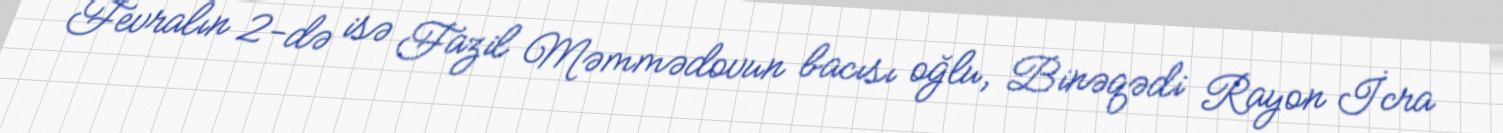
Fevralın 2-də isə Fazil Məmmədovun bacısı oğlu, Binəqədi Rayon İcra